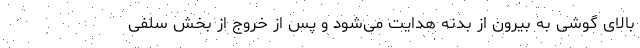
بالای گوشی به بیرون از بدنه هدایت می‌شود و پس از خروج از بخش سلفی